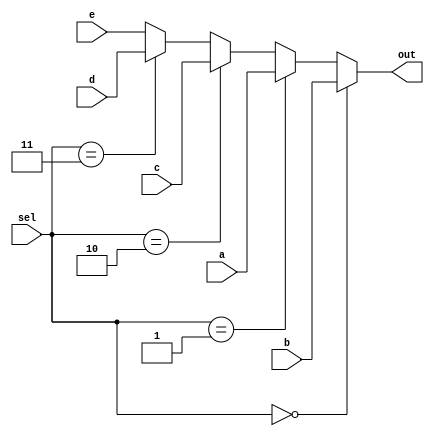
module mux2_4 (
    input wire [31:0] a,
    input wire [31:0] b,
    input wire [31:0] c,
    input wire [31:0] d,
    input wire [31:0] e,
    input wire [2:0]sel,
    output wire [31:0] out
);

assign out = (sel == 3'b000)? b :(sel == 3'b001)? a :(sel == 3'b010)?c:(sel == 3'b011)?d:e;

endmodule